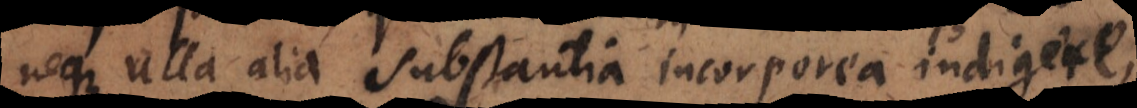
neque ulla alia substantia incorporea indigere,